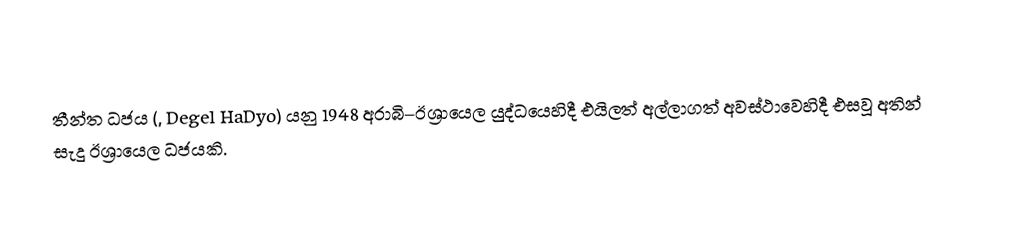
තීන්ත ධජය (, Degel HaDyo) යනු  1948 අරාබි–ඊශ්‍රායෙල යුද්ධයෙහිදී එයිලත් අල්ලාගත් අවස්ථාවෙහිදී එසවූ  අතින් සැදූ ඊශ්‍රායෙල ධජයකි.